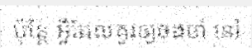
ប៉ុន្តែ អ្វីដែលគួរឲ្យចងចាំ នៅ